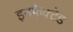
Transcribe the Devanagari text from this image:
इनफेक्टेड